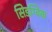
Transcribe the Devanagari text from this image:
सिडग्विक